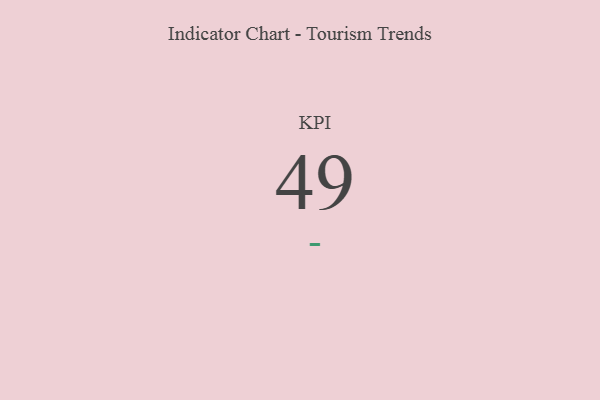
{"axis": {"x": "KPI", "y": "Value"}, "legend": [""], "data": [{"x": "KPI", "y": 49, "type": ""}]}